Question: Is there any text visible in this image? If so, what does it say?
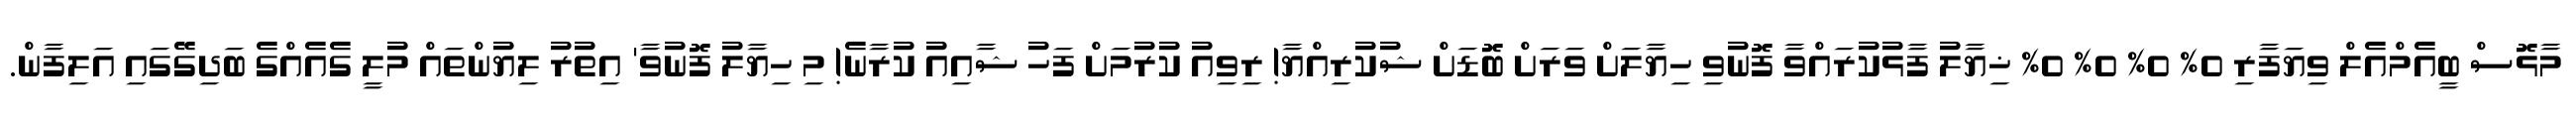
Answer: މާޅޮސް ބީއެމްއެލް ވިޔަފާރި 0% 0% 0% 0% ޚިޔާލު ފާޅުކުރައްވާ ފޮނުވި ހިޔާލަށް ވަރަށް ބޮޑަށް ޝުކުރިއްޔާ! ރިވިއު ކުރުމަށް ފަހު ޝާއިއު ކުރާނެ! މި ހިޔާލު ފޮނުވާ' އިތުރު ލިޔުންތައް މުލީ ގެއެއްގެ ބަދިގޭގައި އަލިފާން.